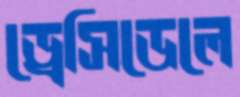
ড্রেসিডেলে